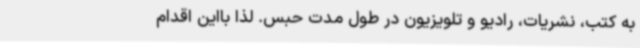
به کتب، نشریات، رادیو و تلویزیون در طول مدت حبس. لذا بااین اقدام